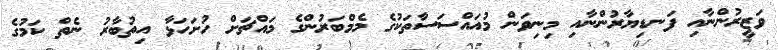
ވަޒީރުންނާއި ފަނޑިޔާރުންނާއި މިނިވަން މުއައްސަސާތަކުގެ މެމްބަރުންގެ މައްޗަށް ހުށަހަޅާ އިތުބާރު ނެތް ކަމުގެ